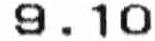
9.10